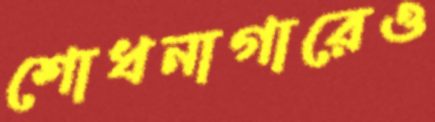
শোধনাগারেও